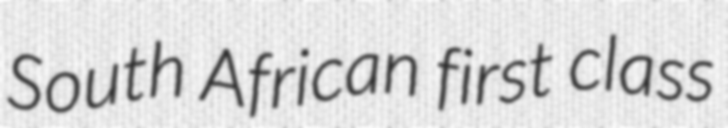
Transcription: South African first class